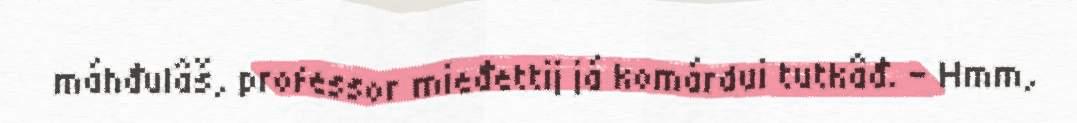
máhđulâš, professor mieđettij já komárdui tutkâđ. - Hmm,